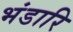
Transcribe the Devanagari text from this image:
भंडारि